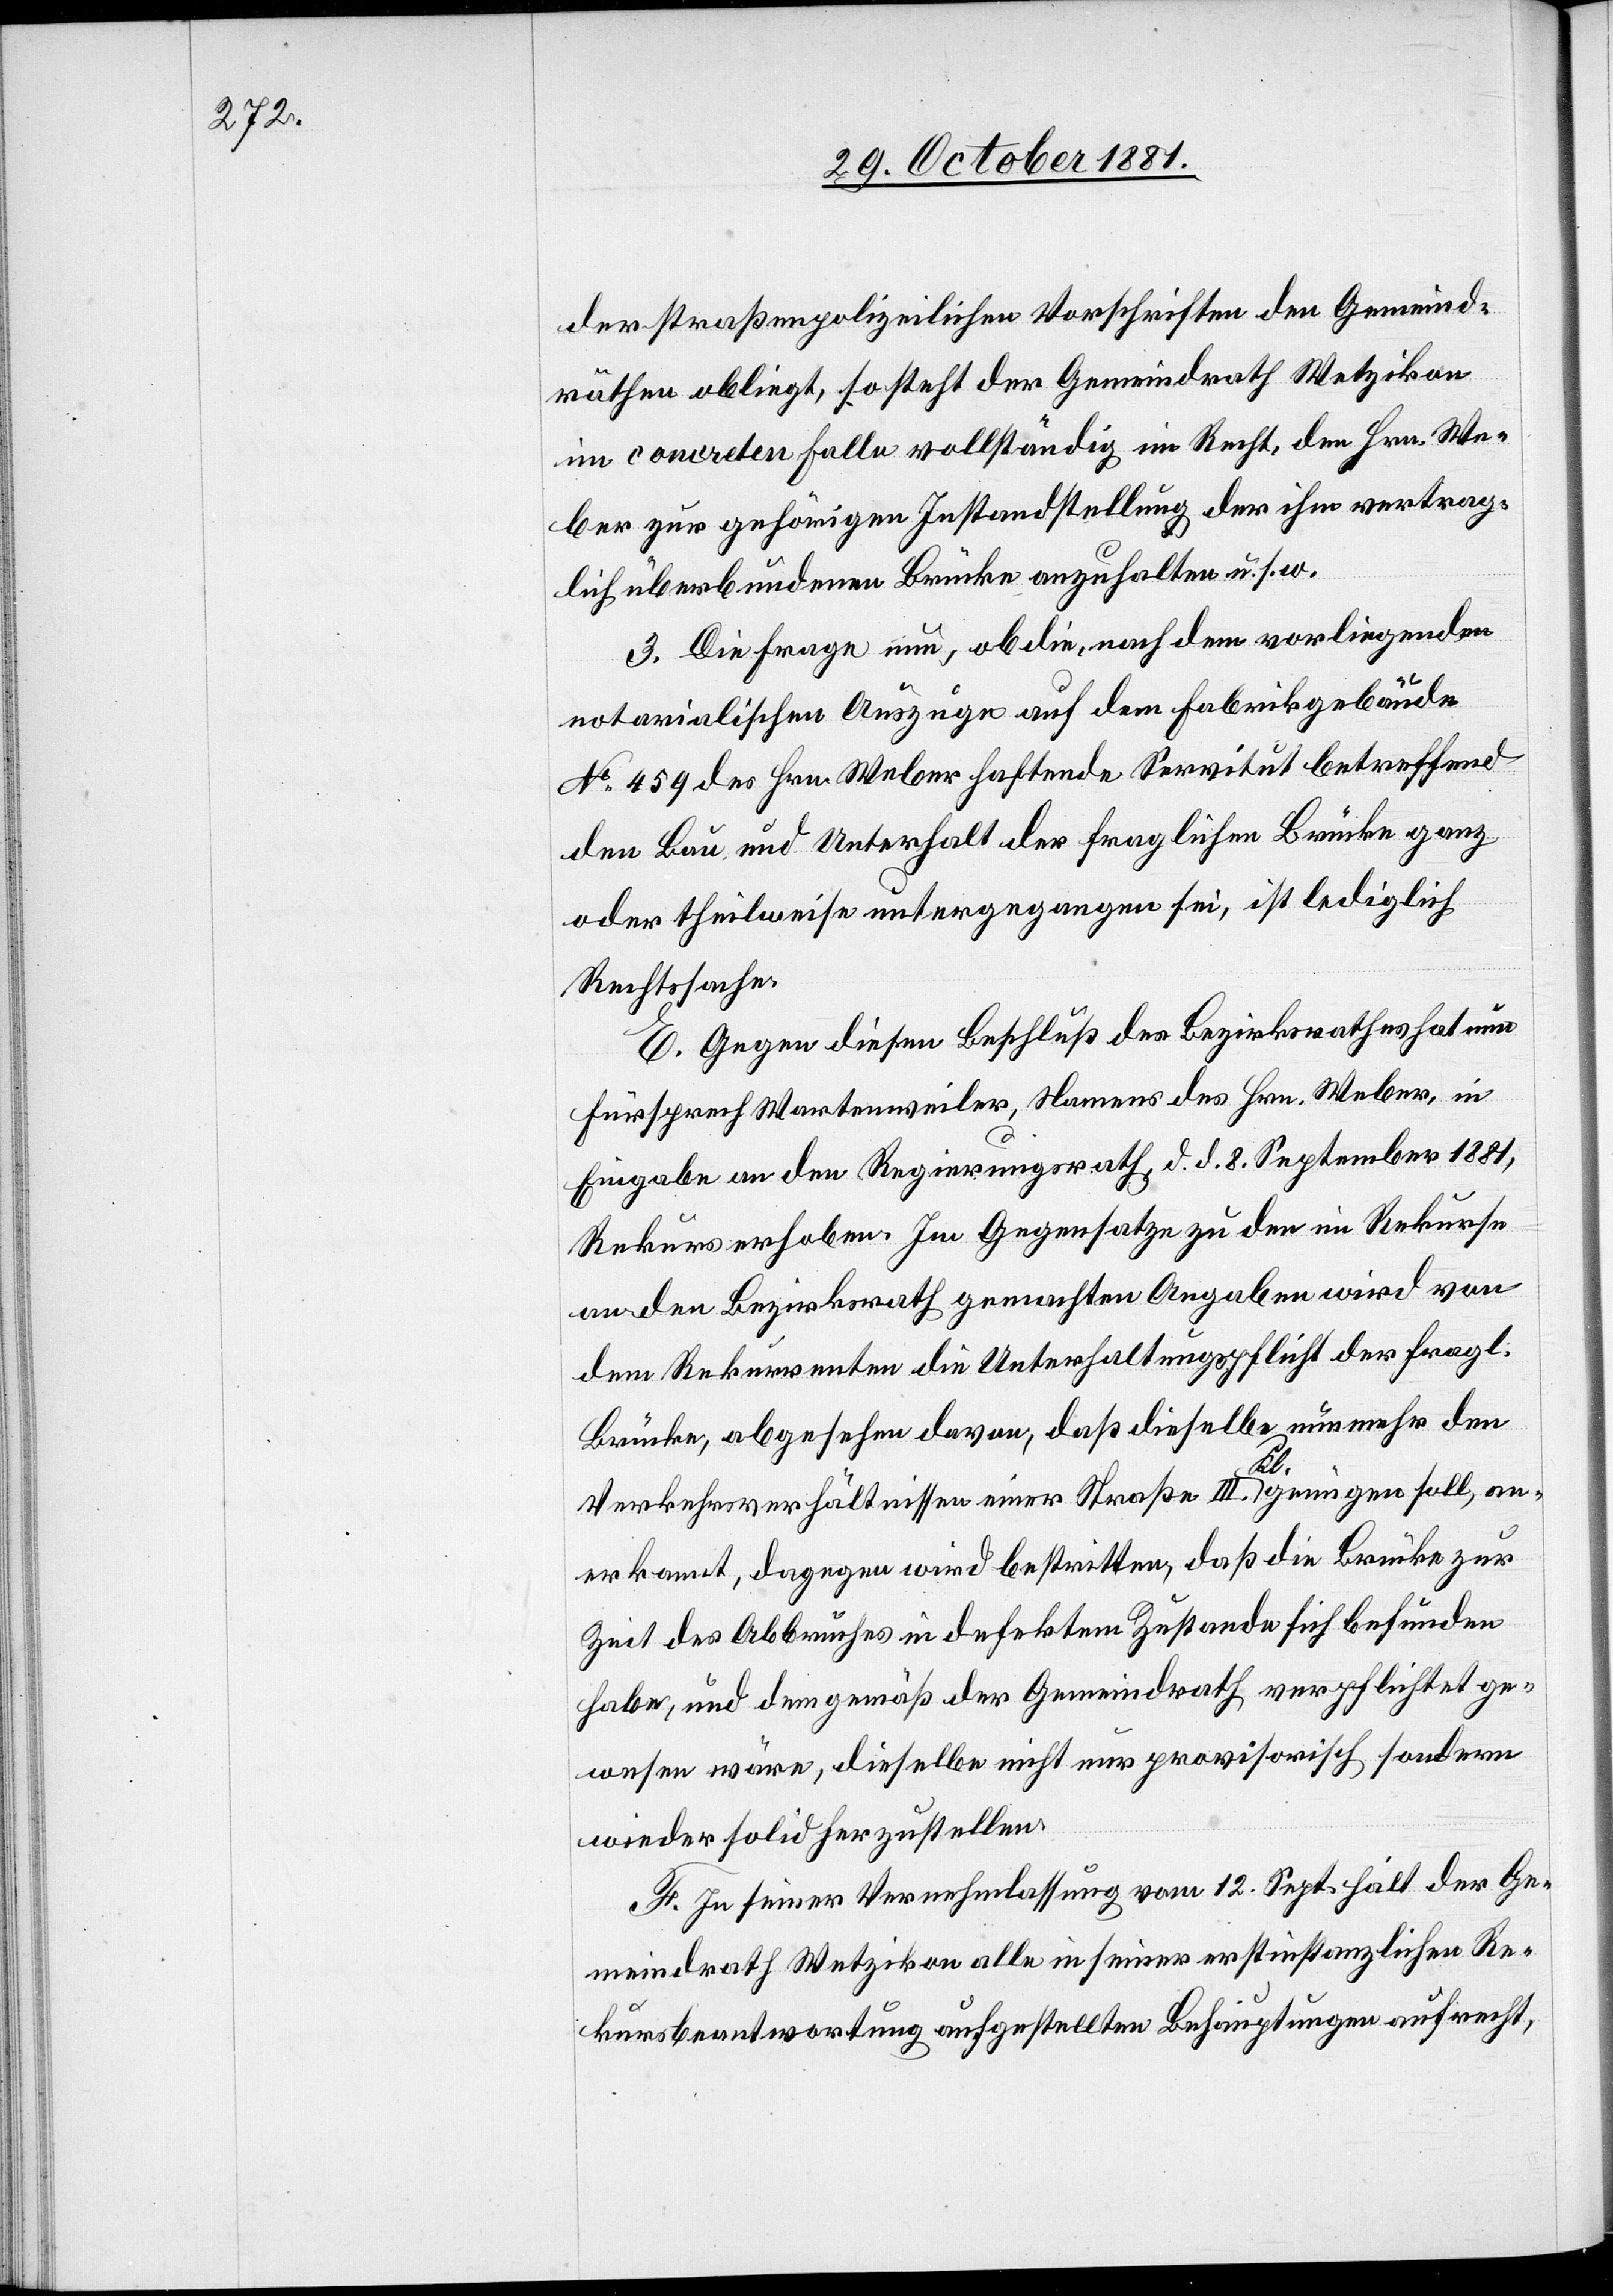
der straßenpolizeilichen Vorschriften den Gemeind¬
räthen obliegt, so steht der Gemeindrath Wetzikon
im concreten Falle vollständig im Recht, den Hrn. We¬
ber zur gehörigen Instandstellung der ihm vertrag¬
lich überbundenen Brücke anzuhalten u. s. w.
3. Die Frage nun, ob die, nach dem vorliegenden
notarialischen Auszuge auf dem Fabrikgebäude
No 459 des Hrn. Weber haftende Servitut betreffend
den Bau und Unterhalt der fraglichen Brücke ganz
oder theilweise untergegangen sei, ist lediglich
Rechtssache.
E. Gegen diesen Beschluß des Bezirksrathes hat nun
Fürsprech Wartenweiler, Namens des Hrn. Weber, in
Eingabe an den Regierungsrath, d. d. 8. September 1881,
Rekurs erhoben. Im Gegensatze zu den im Rekurse
an den Bezirksrath gemachten Angaben wird von
dem Rekurrenten die Unterhaltungspflicht der fragl.
Brücke, abgesehen davon, daß dieselbe nunmehr den
Verkehrsverhältnissen einer Straße III. Kl. genügen soll, an¬
erkannt, dagegen wird bestritten, daß die Brücke zur
Zeit des Abbruches in defektem Zustande sich befunden
habe, und dem gemäß der Gemeindrath verpflichtet ge¬
wesen wäre, dieselbe nicht nur provisorisch sondern
wieder solid herzustellen.
F. In seiner Vernehmlassung vom 12. Sept. hält der Ge¬
meindrath Wetzikon alle in seiner erstinstanzlichen Re¬
kursbeantwortung aufgestellten Behauptungen aufrecht,